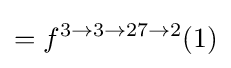
=f^{3\rightarrow 3\rightarrow 27\rightarrow 2}(1)